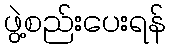
ဖွဲ့စည်းပေးရန်